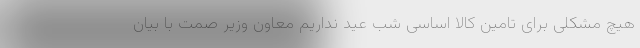
هیچ مشکلی برای تامین کالا اساسی شب عید نداریم معاون وزیر صمت با بیان